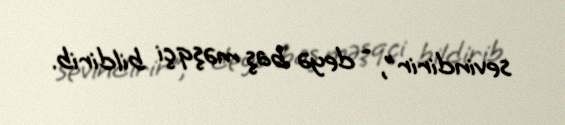
sevindirir", - deyə baş məşqçi bildirib.